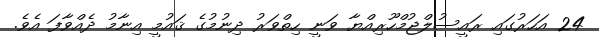
24 އަހަރުގައި ރައީސުލްޖުމްހޫރިއްޔާ ވަނީ ހިތްވަރު ދިނުމުގެ ޤައުމީ އިނާމު ދެއްވާފަ އެވެ.